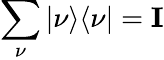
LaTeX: \sum_{\nu}|\nu\rangle\langle\nu|=\mathbf{I}